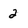
Character: 2